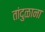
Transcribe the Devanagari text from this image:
तांदुळाना